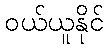
ဝယ်ယူနိုင်